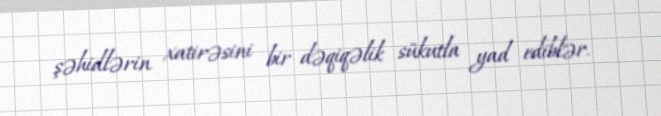
şəhidlərin xatirəsini bir dəqiqəlik sükutla yad ediblər.